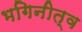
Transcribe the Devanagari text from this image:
भगिनीत्व